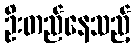
ဦးတည်နေသည့်